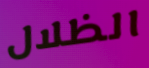
الظلال